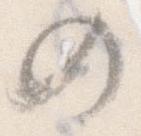
の